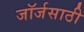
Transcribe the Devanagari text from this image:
जॉर्जसाठी